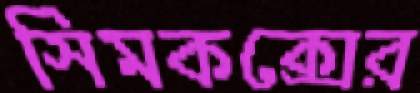
সিমকক্সের